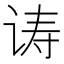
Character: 诪